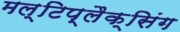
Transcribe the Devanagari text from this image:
मल्टिप्लैक्सिंग